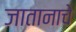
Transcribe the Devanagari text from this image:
जातानाचे